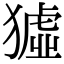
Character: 𤡣